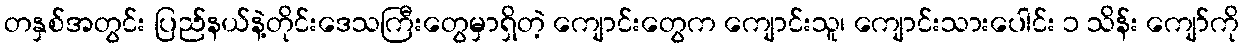
တနှစ်အတွင်း ပြည်နယ်နဲ့တိုင်းဒေသကြီးတွေမှာရှိတဲ့ ကျောင်းတွေက ကျောင်းသူ၊ ကျောင်းသားပေါင်း ၁ သိန်း ကျော်ကို